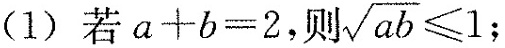
(1)若$$a+b=2$$，则 $$\sqrt{ab} \leqslant 1$$ ；